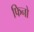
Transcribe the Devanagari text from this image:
फिनो